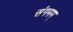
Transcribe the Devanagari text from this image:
संगमम्